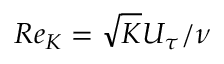
R e _ { K } = \sqrt { K } U _ { \tau } / \nu